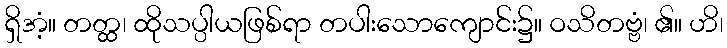
ရှိအံ့။ တတ္ထ၊ ထိုသပ္ပါယဖြစ်ရာ တပါးသောကျောင်း၌။ ဝသိတဗ္ဗံ၊ ၏။ ဟိ၊